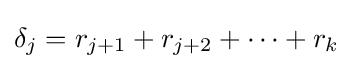
\delta _{j}=r_{j+1}+r_{j+2}+\cdots +r_{k}